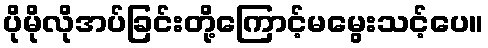
ပိုမိုလိုအပ်ခြင်းတို့ကြောင့်မမွေးသင့်ပေ။